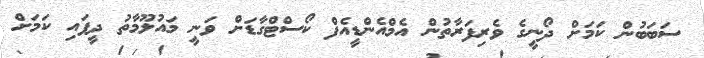
ސަބަބުން ކަމަށް ދޯނީގެ ވެރިފަރާތުން އެމްއެންޑީއެފް ކޯސްޓްގާޑަށް ވަނީ މައުލޫމާތު ދީފައި ކަމަށް